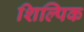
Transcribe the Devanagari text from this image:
शिल्पिक